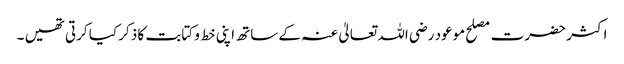
اکثر حضرت مصلح موعود رضی اللہ تعالیٰ عنہ کے ساتھ اپنی خط و کتابت کا ذکر کیا کرتی تھیں ۔